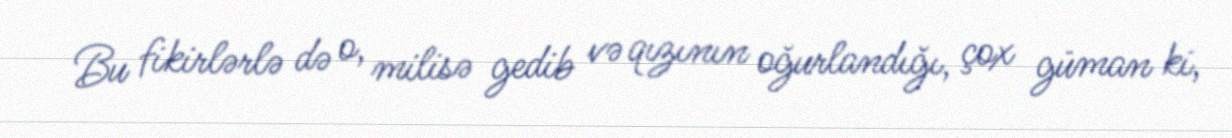
Bu fikirlərlə də o, milisə gedib və qızının oğurlandığı, çox güman ki,